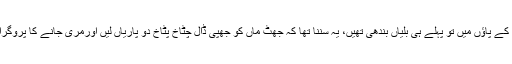
چھوٹے کے پاؤں میں تو پہلے ہی بلیاں بندھی تھیں، یہ سننا تھا کہ جھٹ ماں کو جھپی ڈال چٹاخ پٹاخ دو پاریاں لیں اورمری جانے کا پروگرام بنا لیا۔